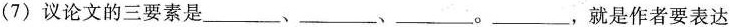
(7)议论文的三要素是___、___、___。___，就是作者要表达